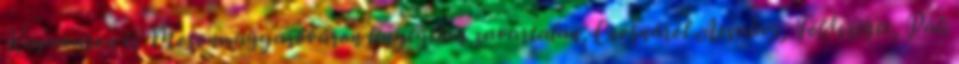
Kapuváron és Mosonmagyaróváron lényegében zavartalan, Csornáról Acsalag, Földsziget, Páli